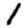
Digit: 1